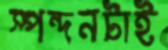
স্পন্দনটাই